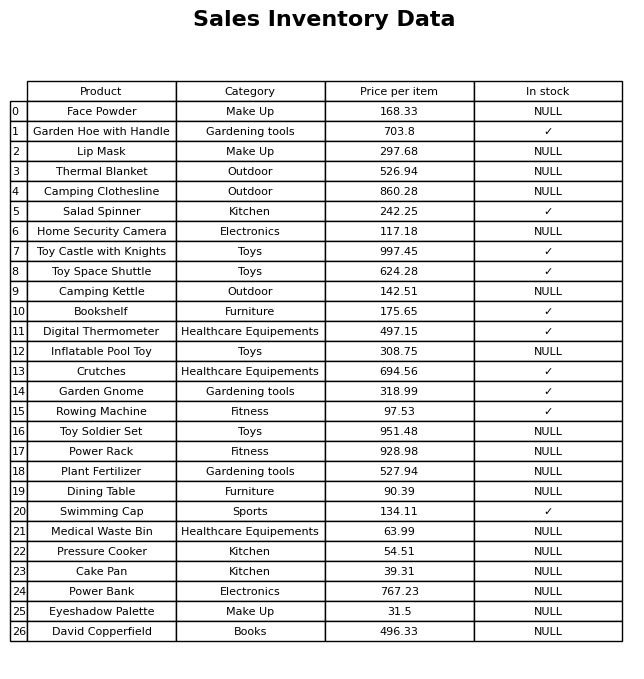
question: What is the price of the Cake Pan?
answer: The price of Cake Pan is 39.31.